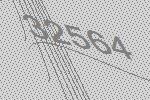
32564